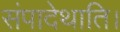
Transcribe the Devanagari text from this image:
संपादेथाति।